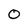
Character: 0